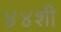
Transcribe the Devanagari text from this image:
४४शी